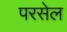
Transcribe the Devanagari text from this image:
परसेल